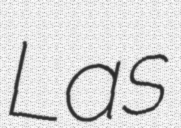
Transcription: Las